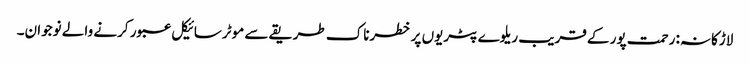
لاڑکانہ: رحمت پور کے قریب ریلوے پٹریوں پر خطرناک طریقے سے موٹرسائیکل عبور کرنے والے نوجوان۔